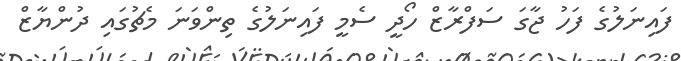
ފައިނަލުގެ ފަހު ޖާގަ ސަފްރާޒް ހޯދީ ސެމީ ފައިނަލުގެ ތިންވަނަ މެޗުގައި ދުންޔާޒް